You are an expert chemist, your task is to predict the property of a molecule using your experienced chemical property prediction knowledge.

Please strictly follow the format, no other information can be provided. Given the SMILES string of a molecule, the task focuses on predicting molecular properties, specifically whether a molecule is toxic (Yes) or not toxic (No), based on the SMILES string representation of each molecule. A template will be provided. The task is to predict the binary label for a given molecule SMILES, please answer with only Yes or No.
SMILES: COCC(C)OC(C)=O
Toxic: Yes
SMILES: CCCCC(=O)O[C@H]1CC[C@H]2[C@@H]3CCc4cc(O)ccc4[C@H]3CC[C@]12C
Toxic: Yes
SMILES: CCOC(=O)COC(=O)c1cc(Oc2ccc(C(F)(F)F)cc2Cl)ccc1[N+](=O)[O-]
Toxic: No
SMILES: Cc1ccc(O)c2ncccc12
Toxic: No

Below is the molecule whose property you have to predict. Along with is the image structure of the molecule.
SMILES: CCCCCCCCCCCCCCCCCCN(C)C
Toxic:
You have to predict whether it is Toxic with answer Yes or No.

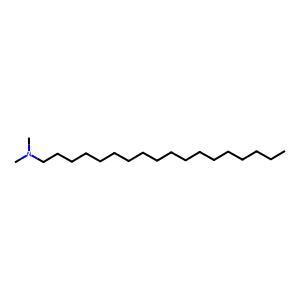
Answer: No